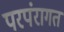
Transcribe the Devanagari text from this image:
परपंरागत